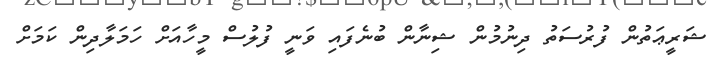
ޝަރީޢަތުން ފުރުސަތު ދިނުމުން ޝިނާން ބުނެފައި ވަނީ ފުލުސް މީހާއަށް ހަމަލާދިން ކަމަށް